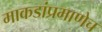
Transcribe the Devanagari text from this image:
माकडांप्रमाणेच